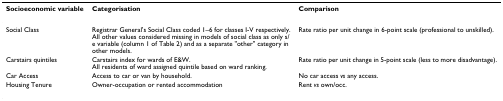
<table><thead><tr><td><b>Socioeconomic variable</b></td><td><b>Categorisation</b></td><td><b>Comparison</b></td></tr></thead><tbody><tr><td>Social Class</td><td>Registrar General&#x27;s Social Class coded 1–6 for classes I-V respectively.All other values considered missing in models of social class as only s/e variable (column 1 of Table 2) and as a separate &quot;other&quot; category in other models.</td><td>Rate ratio per unit change in 6-point scale (professional to unskilled).</td></tr><tr><td>Carstairs quintiles</td><td>Carstairs index for wards of E&amp;W.All residents of ward assigned quintile based on ward ranking.</td><td>Rate ratio per unit change in 5-point scale (less to more disadvantage).</td></tr><tr><td>Car Access</td><td>Access to car or van by household.</td><td>No car access <i>vs </i>any access.</td></tr><tr><td>Housing Tenure</td><td>Owner-occupation or rented accommodation</td><td>Rent <i>vs </i>own/occ.</td></tr></tbody></table>